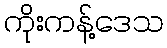
ကိုးကန့်ဒေသ